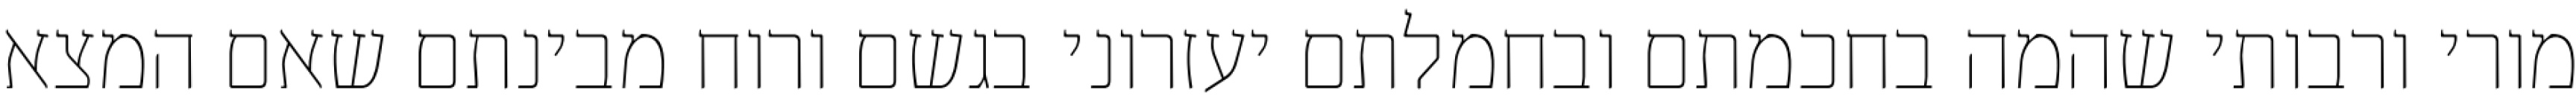
מורי ורבותי שהמה בחכמתם ובחמלתם יעזרוני בגשם ורוח מבינתם שאם המצא